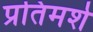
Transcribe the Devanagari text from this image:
प्रतिमर्श